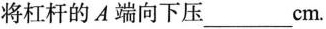
将杠杆的 A 端向下压___cm。